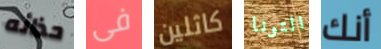
حذائه فى كاثلين التونا أنك